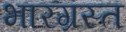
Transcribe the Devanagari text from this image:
भारग्रस्त